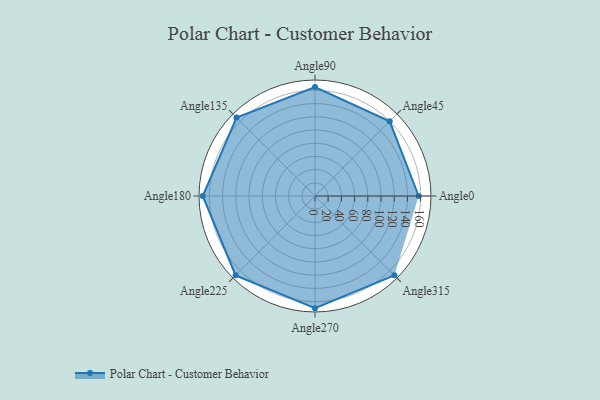
{"axis": {"x": "Angle", "y": "Radius"}, "legend": [""], "data": [{"x": "Angle0", "y": 157.0, "type": ""}, {"x": "Angle45", "y": 160.0, "type": ""}, {"x": "Angle90", "y": 165.0, "type": ""}, {"x": "Angle135", "y": 168.0, "type": ""}, {"x": "Angle180", "y": 170, "type": ""}, {"x": "Angle225", "y": 170, "type": ""}, {"x": "Angle270", "y": 170, "type": ""}, {"x": "Angle315", "y": 170, "type": ""}]}